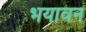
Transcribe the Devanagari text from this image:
भयावन